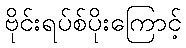
ဗိုင်းရပ်စ်ပိုးကြောင့်